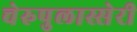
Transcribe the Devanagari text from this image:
चेरुपुलास्सेरी